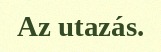
Az utazás.